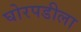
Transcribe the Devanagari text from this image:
घोरपडीला